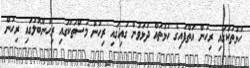
ހުޅުތަކުގައި ރިހުން އަތްފައިގެ ހުޅުތައް ދުޅަވުން ގައިގައި ރިހުން މަސްތަކުގައި ރިހުންބޮލުގައި ރިހުން